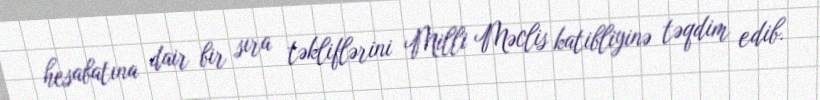
hesabatına dair bir sıra təkliflərini Milli Məclis katibliyinə təqdim edib.